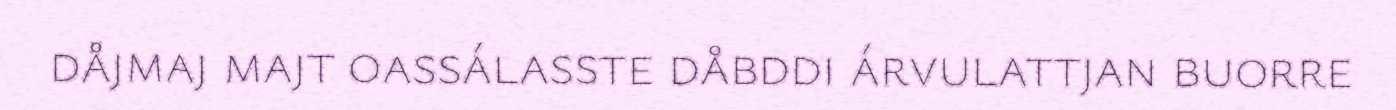
dåjmaj majt oassálasste dåbddi árvulattjan buorre